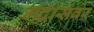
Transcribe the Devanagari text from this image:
मद्रासवर